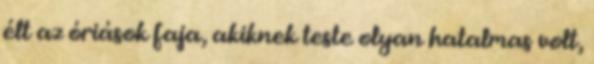
élt az óriások faja, akiknek teste olyan hatalmas volt,